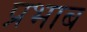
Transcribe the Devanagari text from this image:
प्रभाब